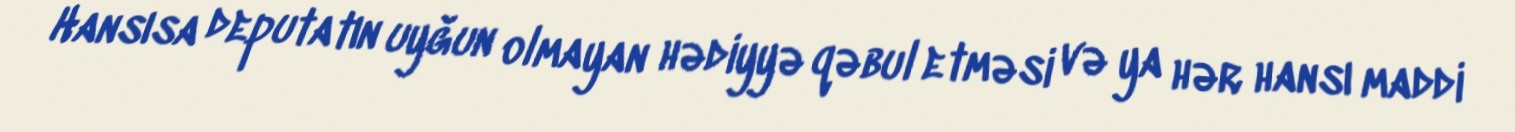
Hansısa deputatın uyğun olmayan hədiyyə qəbul etməsi və ya hər hansı maddi